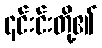
၎င်းင်းတို့၏